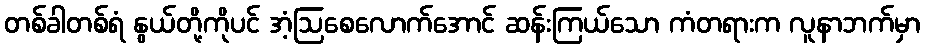
တစ်ခါတစ်ရံ နွယ်တို့ကိုပင် အံ့ဩစေလောက်အောင် ဆန်းကြယ်သော ကံတရားက လူနာဘက်မှာ